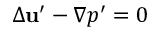
\Delta \mathbf { u } ^ { \prime } - \nabla p ^ { \prime } = 0